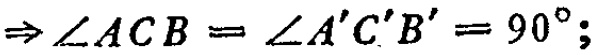
$\Rightarrow \angle ACB=\angle A'C'B' = 90^{\circ};$